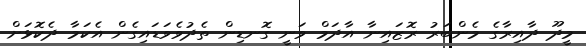
މީދޫ ދާއިރާގެ މެންބަރު ރޮޒައިނާ އާދަމް ވަނީ ގޮނޑިން ތެދުވެވަޑައިގެން އެކަމާ ދެކޮޅަށް